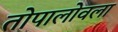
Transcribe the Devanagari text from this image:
तोपालोवला